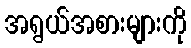
အရွယ်အစားများကို